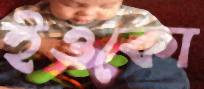
ইওকো